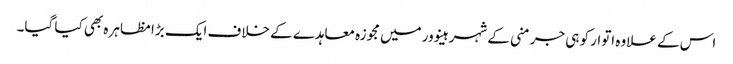
اس کے علاوہ اتوار کو ہی جرمنی کے شہر ہینوور میں مجوزہ معاہدے کے خلاف ایک بڑا مظاہرہ بھی کیا گیا۔